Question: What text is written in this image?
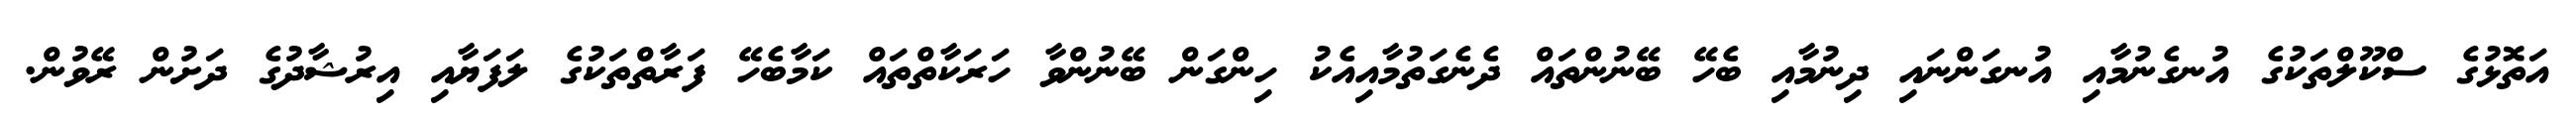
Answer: އަތޮޅުގެ ސްކޫލްތަކުގެ އުނގެނުމާއި އުނގަންނައި ދިނުމާއި ބެހޭ ބޭނުންތައް ދެނެގަތުމާއިއެކު ހިންގަން ބޭނުންވާ ހަރަކާތްތައް ކަމާބެހޭ ފަރާތްތަކުގެ ލަފަޔާއި އިރުޝާދުގެ ދަށުން ރޭވުން.